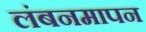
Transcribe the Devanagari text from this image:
लंबनमापन